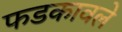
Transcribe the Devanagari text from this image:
फडकावले